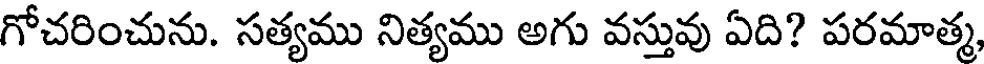
గోచరించును. సత్యము నిత్యము అగు వస్తువు ఏది? పరమాత్మ,